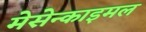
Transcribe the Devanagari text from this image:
मेसेन्काइमल